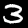
Digit: 3